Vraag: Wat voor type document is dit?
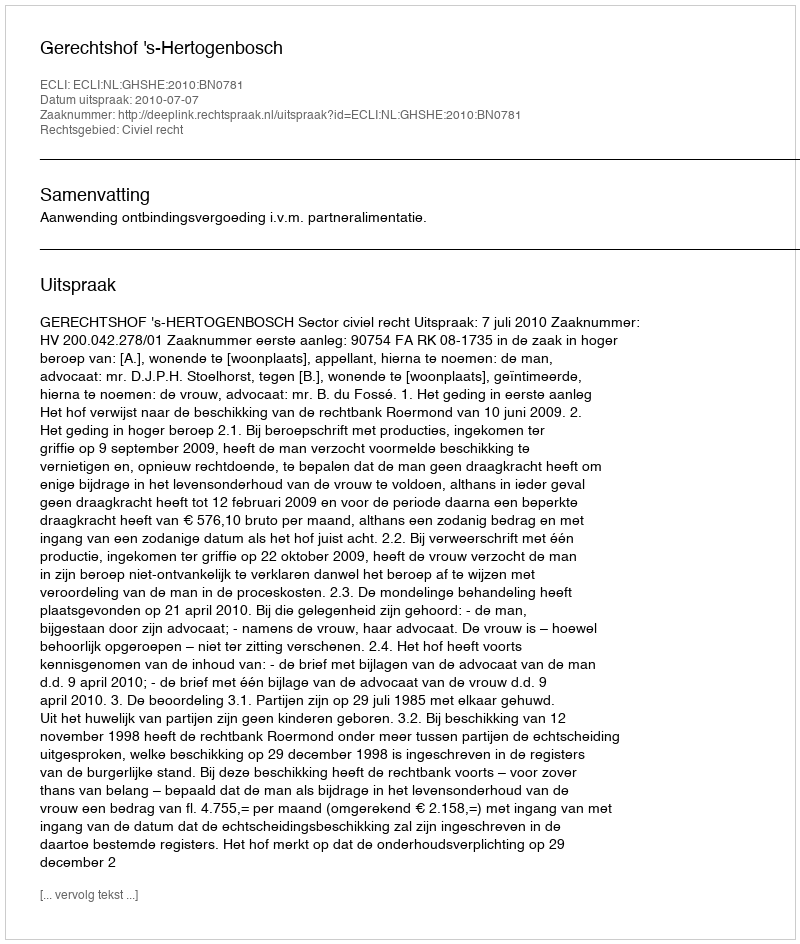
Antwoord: Uitspraak